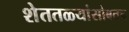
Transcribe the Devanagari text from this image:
शेततळ्यांसोबतच